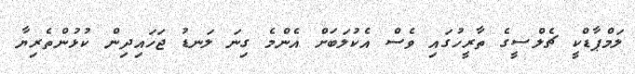
ލަމްޕާޑްކީ ޗެލްސީގެ ތާރީހުގައި ވެސް އެކުލަބަށް އެންމެ ގިނަ ލަނޑު ޖަހައިދިން ކުޅުންތެރިޔާ